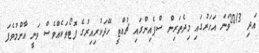
އަދި 2013ވަނަ އަހަރުގައި މިދެތަރިން ސްޕެއިންގައި ޗުއްޓީ ހޭދަކުރިއިރުގެ ފޮޓޯތަކެއްވެސް ވަނީ އާންމުވެފަ